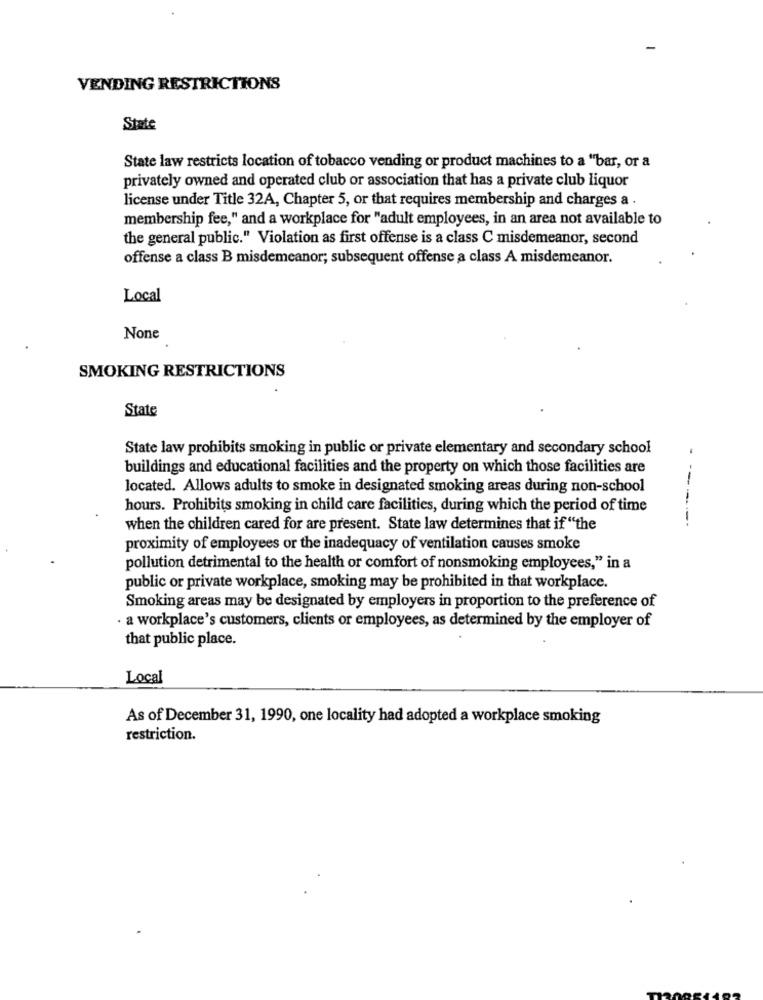
VENDING RESTRICTIONS
State
State law restricts location of tobacco vending or product machines to a "bar, or a
privately owned and operated club or association that has a private club liquor
license under Title 32A, Chapter 5, or that requires membership and charges a .
membership fee," and a workplace for "adult employees, in an area not available to
the general public." Violation as first offense is a class C misdemeanor, second
offense a class B misdemeanor; subsequent offense a class A misdemeanor.
Local
SMOKING RESTRICTIONS
State
State law prohibits smoking in public or private elementary and secondary school
.
buildings and educational facilities and the property on which those facilities are
located. Allows adults to smoke in designated smoking areas during non-school
hours. Prohibits smoking in child care facilities, during which the period of time
------
when the children cared for are present. State law determines that if "the
proximity of employees or the inadequacy of ventilation causes smoke
pollution detrimental to the health or comfort of nonsmoking employees," in a
public or private workplace, smoking may be prohibited in that workplace.
Smoking areas may be designated by employers in proportion to the preference of
a workplace's customers, clients or employees, as determined by the employer of
that public place.
Local
As of December 31, 1990, one locality had adopted a workplace smoking
restriction.